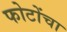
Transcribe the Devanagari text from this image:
फोटोंचा